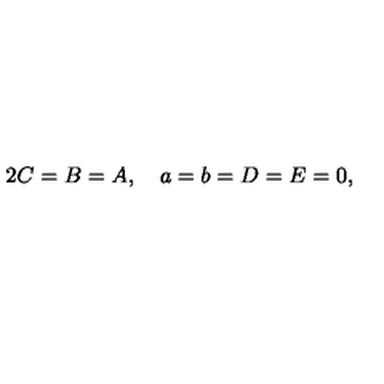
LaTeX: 2 C = B = A , \quad a = b = D = E = 0 ,